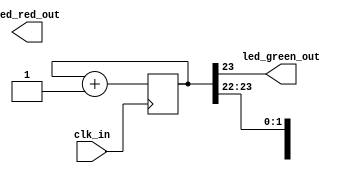
// blinky.v
// Blink the green LED with frequency 12e6/2^24 = 0.7Hz approx.
module top (clk_in, led_green_out, led_red_out);  
    input clk_in;
    output led_green_out;
    output [3:0]led_red_out;


    reg [23:0] counter;
    assign led_green_out = counter[23];
    assign led_red_out[3:0] = counter[25:22];

    always @ (posedge clk_in) begin
        counter <= counter + 1;
    end

endmodule